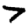
Digit: 7